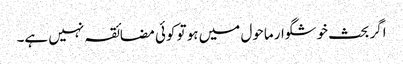
اگر بحث خوشگوار ماحول میں ہو تو کوئی مضائقہ نہیں ہے۔